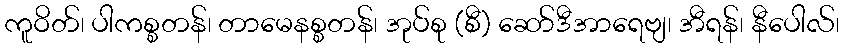
ကူဝိတ်၊ ပါကစ္စတန်၊ တာမေနစ္စတန်၊ အုပ်စု (စီ) ဆော်ဒီအာရေဗျ၊ အီရန်၊ နီပေါလ်၊